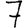
Digit: 7